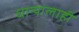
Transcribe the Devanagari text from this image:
धान्यालाही